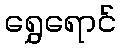
ရွှေရောင်